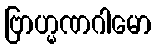
ဗြာဟ္မဏဂါမော